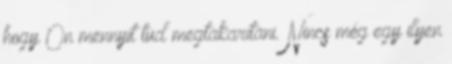
hogy Ön mennyit tud megtakarítani. Nincs még egy ilyen